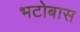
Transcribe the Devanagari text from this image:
भटोबास